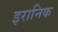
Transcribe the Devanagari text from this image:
इरानिक